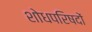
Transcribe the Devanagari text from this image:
शोधपरिषदों